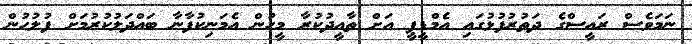
ނަމަވެސް ރައީސްގެ ދަތުރުފުޅުގައި އެމްޑީޕީ އަށް ތާއީދުކުރާ މީހުން އެމަނިކުފާނާ ބައްދަލުކުރުމަށް ފުލުހުން